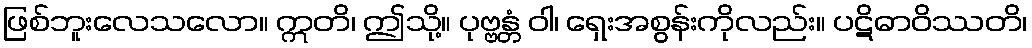
ဖြစ်ဘူးလေသလော။ ဣတိ၊ ဤသို့။ ပုဗ္ဗန္တံ ဝါ၊ ရှေးအစွန်းကိုလည်း။ ပဋိဓာဝိဿတိ၊